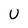
Character: U